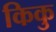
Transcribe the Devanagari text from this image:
किकु